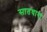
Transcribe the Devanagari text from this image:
सातधारा